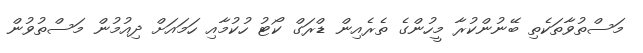
މަސްތުވާތަކެތި ބޭނުންކުރާ މީހުންގެ ތެރެއިން ޑްރަގް ކޯޓު ހުކުމާއި ހަމައަށް ދިއުމުން މަސްތުވުން